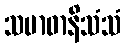
သမာဓာနိသံသံ